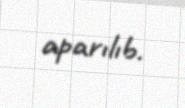
aparılıb.